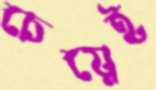
চেয়েই